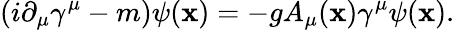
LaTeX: (i\partial_{\mu}\gamma^{\mu}-m)\psi(\mathbf{x})=-gA_{\mu}(\mathbf{x})\gamma^{\mu}\psi(\mathbf{x}).